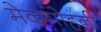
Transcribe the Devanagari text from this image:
मेकमोहनी